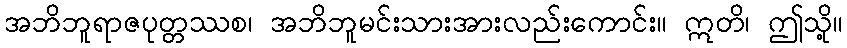
အဘိဘူရာဇပုတ္တဿစ၊ အဘိဘူမင်းသားအားလည်းကောင်း။ ဣတိ၊ ဤသို့။